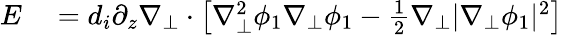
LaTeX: \begin{array}{rl}{E}&{{}=d_{i}\partial_{z}\nabla_{\perp}\cdot\left[\nabla_{\perp}^{2}\phi_{1}\nabla_{\perp}\phi_{1}-\frac{1}{2}\nabla_{\perp}|\nabla_{\perp}\phi_{1}|^{2}\right]}\end{array}